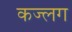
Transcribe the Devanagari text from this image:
कज्लग